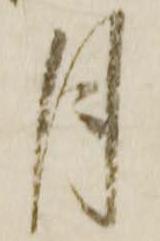
月